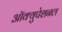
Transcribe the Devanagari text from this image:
ऑक्युपेशनल